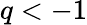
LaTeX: q<-1